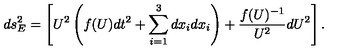
d s _ { E } ^ { 2 } = \left[ U ^ { 2 } \left( f ( U ) d t ^ { 2 } + \sum _ { i = 1 } ^ { 3 } d x _ { i } d x _ { i } \right) + \frac { f ( U ) ^ { - 1 } } { U ^ { 2 } } d U ^ { 2 } \right] .